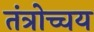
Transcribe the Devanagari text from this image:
तंत्रोच्चय